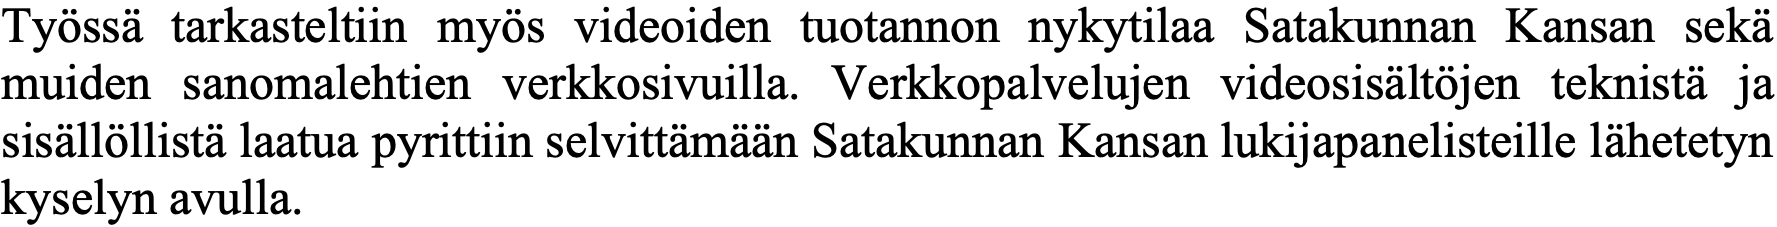
Työssä tarkasteltiin myös videoiden tuotannon nykytilaa Satakunnan Kansan sekä muiden sanomalehtien verkkosivuilla. Verkkopalvelujen videosisältöjen teknistä ja sisällöllistä laatua pyrittiin selvittämään Satakunnan Kansan lukijapanelisteille lähetetyn kyselyn avulla.